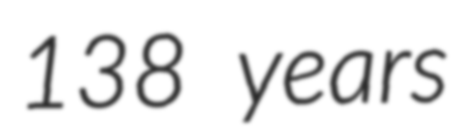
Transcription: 138 years